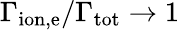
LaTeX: \Gamma_{\mathrm{ion,e}}/\Gamma_{\mathrm{tot}}\rightarrow 1